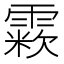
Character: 𩄶